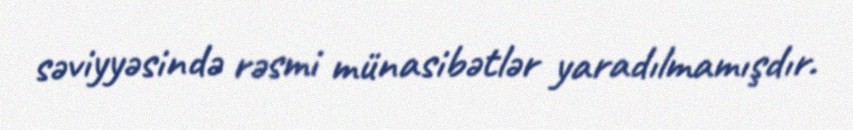
səviyyəsində rəsmi münasibətlər yaradılmamışdır.